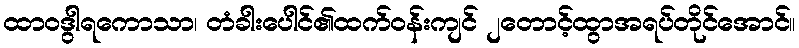
ထာဝဒွါရကောသာ၊ တံခါးပေါင်၏ထက်ဝန်းကျင် ၂တောင့်ထွာအရပ်တိုင်အောင်။